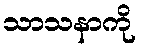
သာသနာကို